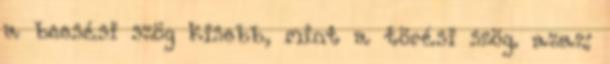
a beesési szög kisebb, mint a törési szög. azaz: